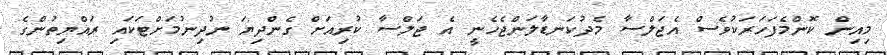
މިއިން ކޮންމެފަހަރަކުވެސް އެޖަލްސާ މެދުކަނޑާލަންޖެހެނީ އެ ޖަލްސާ ކުރިއަށް ގެންދިޔަ ނުދިނުމަށްޓަކައި ރައްޔިތުންގެ